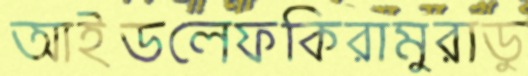
আইডলেফকিরামুরাডু